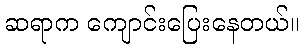
ဆရာက ကျောင်းပြေးနေတယ်။